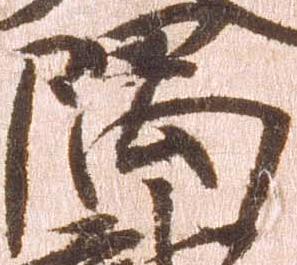
隅